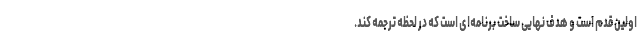
اولین قدم است و هدف نهایی ساخت برنامه‌ای است که در لحظه ترجمه کند.